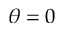
\theta = 0